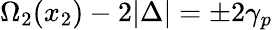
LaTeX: \Omega_{2}(x_{2})-2|\Delta|=\pm 2\gamma_{p}